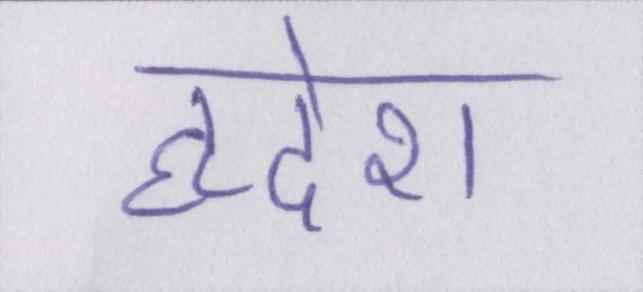
हृदेश